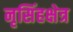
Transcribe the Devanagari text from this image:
नृसिंहक्षेत्र